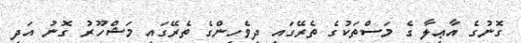
ގޮނުގެ އާޢިލާ ގެ މަސްތަކުގެ ތެރޭގައި ދިވެހިންގެ ތެރޭގައި މަޝްހޫރު ގޮނު އަދި